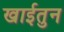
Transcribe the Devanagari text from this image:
खाईतुन